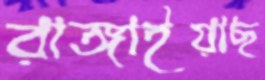
রাঙ্গাইয়াছ